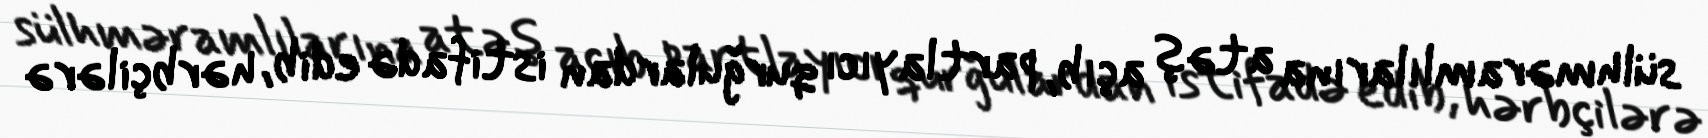
sülhməramlılarına atəş açıb, partlayıcı qurğulardan istifadə edib, hərbçilərə